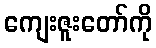
ကျေးဇူးတော်ကို